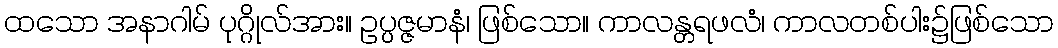
ထသော အနာဂါမ် ပုဂ္ဂိုလ်အား။ ဥပ္ပဇ္ဇမာနံ၊ ဖြစ်သော။ ကာလန္တရဖလံ၊ ကာလတစ်ပါး၌ဖြစ်သော